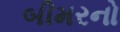
બીમરનો